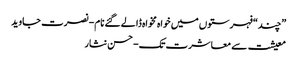
”چند“ فہرستوں میں خواہ مخواہ ڈالے گئے نام- نصرت جاوید
معیشت سے معاشرت تک- حسن نثار